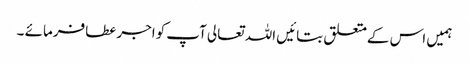
ہمیں اس کےمتعلق بتائیں اللہ تعالی آپ کواجرعطافرمائے ۔